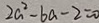
2 a ^ { 2 } - 6 a - 2 = 0